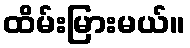
ထိမ်းမြားမယ်။